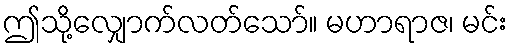
ဤသို့လျှောက်လတ်သော်။ မဟာရာဇ၊ မင်း